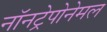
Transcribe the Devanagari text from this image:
नॉनट्रेपोनेमल